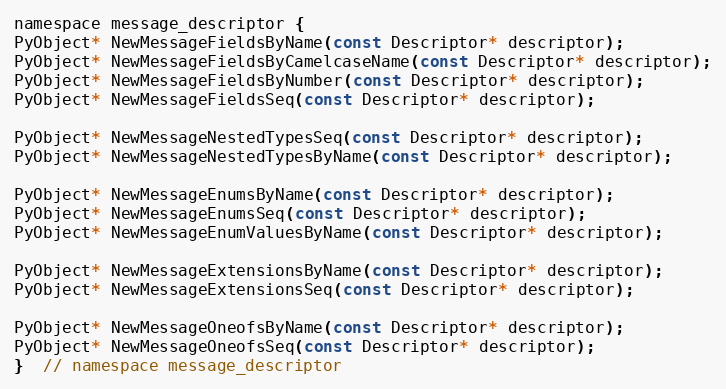
Language: C
namespace message_descriptor {
PyObject* NewMessageFieldsByName(const Descriptor* descriptor);
PyObject* NewMessageFieldsByCamelcaseName(const Descriptor* descriptor);
PyObject* NewMessageFieldsByNumber(const Descriptor* descriptor);
PyObject* NewMessageFieldsSeq(const Descriptor* descriptor);

PyObject* NewMessageNestedTypesSeq(const Descriptor* descriptor);
PyObject* NewMessageNestedTypesByName(const Descriptor* descriptor);

PyObject* NewMessageEnumsByName(const Descriptor* descriptor);
PyObject* NewMessageEnumsSeq(const Descriptor* descriptor);
PyObject* NewMessageEnumValuesByName(const Descriptor* descriptor);

PyObject* NewMessageExtensionsByName(const Descriptor* descriptor);
PyObject* NewMessageExtensionsSeq(const Descriptor* descriptor);

PyObject* NewMessageOneofsByName(const Descriptor* descriptor);
PyObject* NewMessageOneofsSeq(const Descriptor* descriptor);
}  // namespace message_descriptor